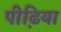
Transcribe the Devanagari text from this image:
पीढि़या